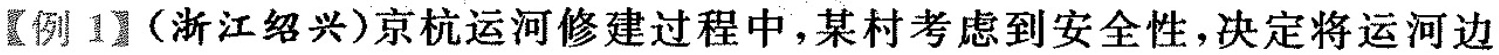
【例1】(浙江绍兴)京杭运河修建过程中，某村考虑到安全性，决定将运河边